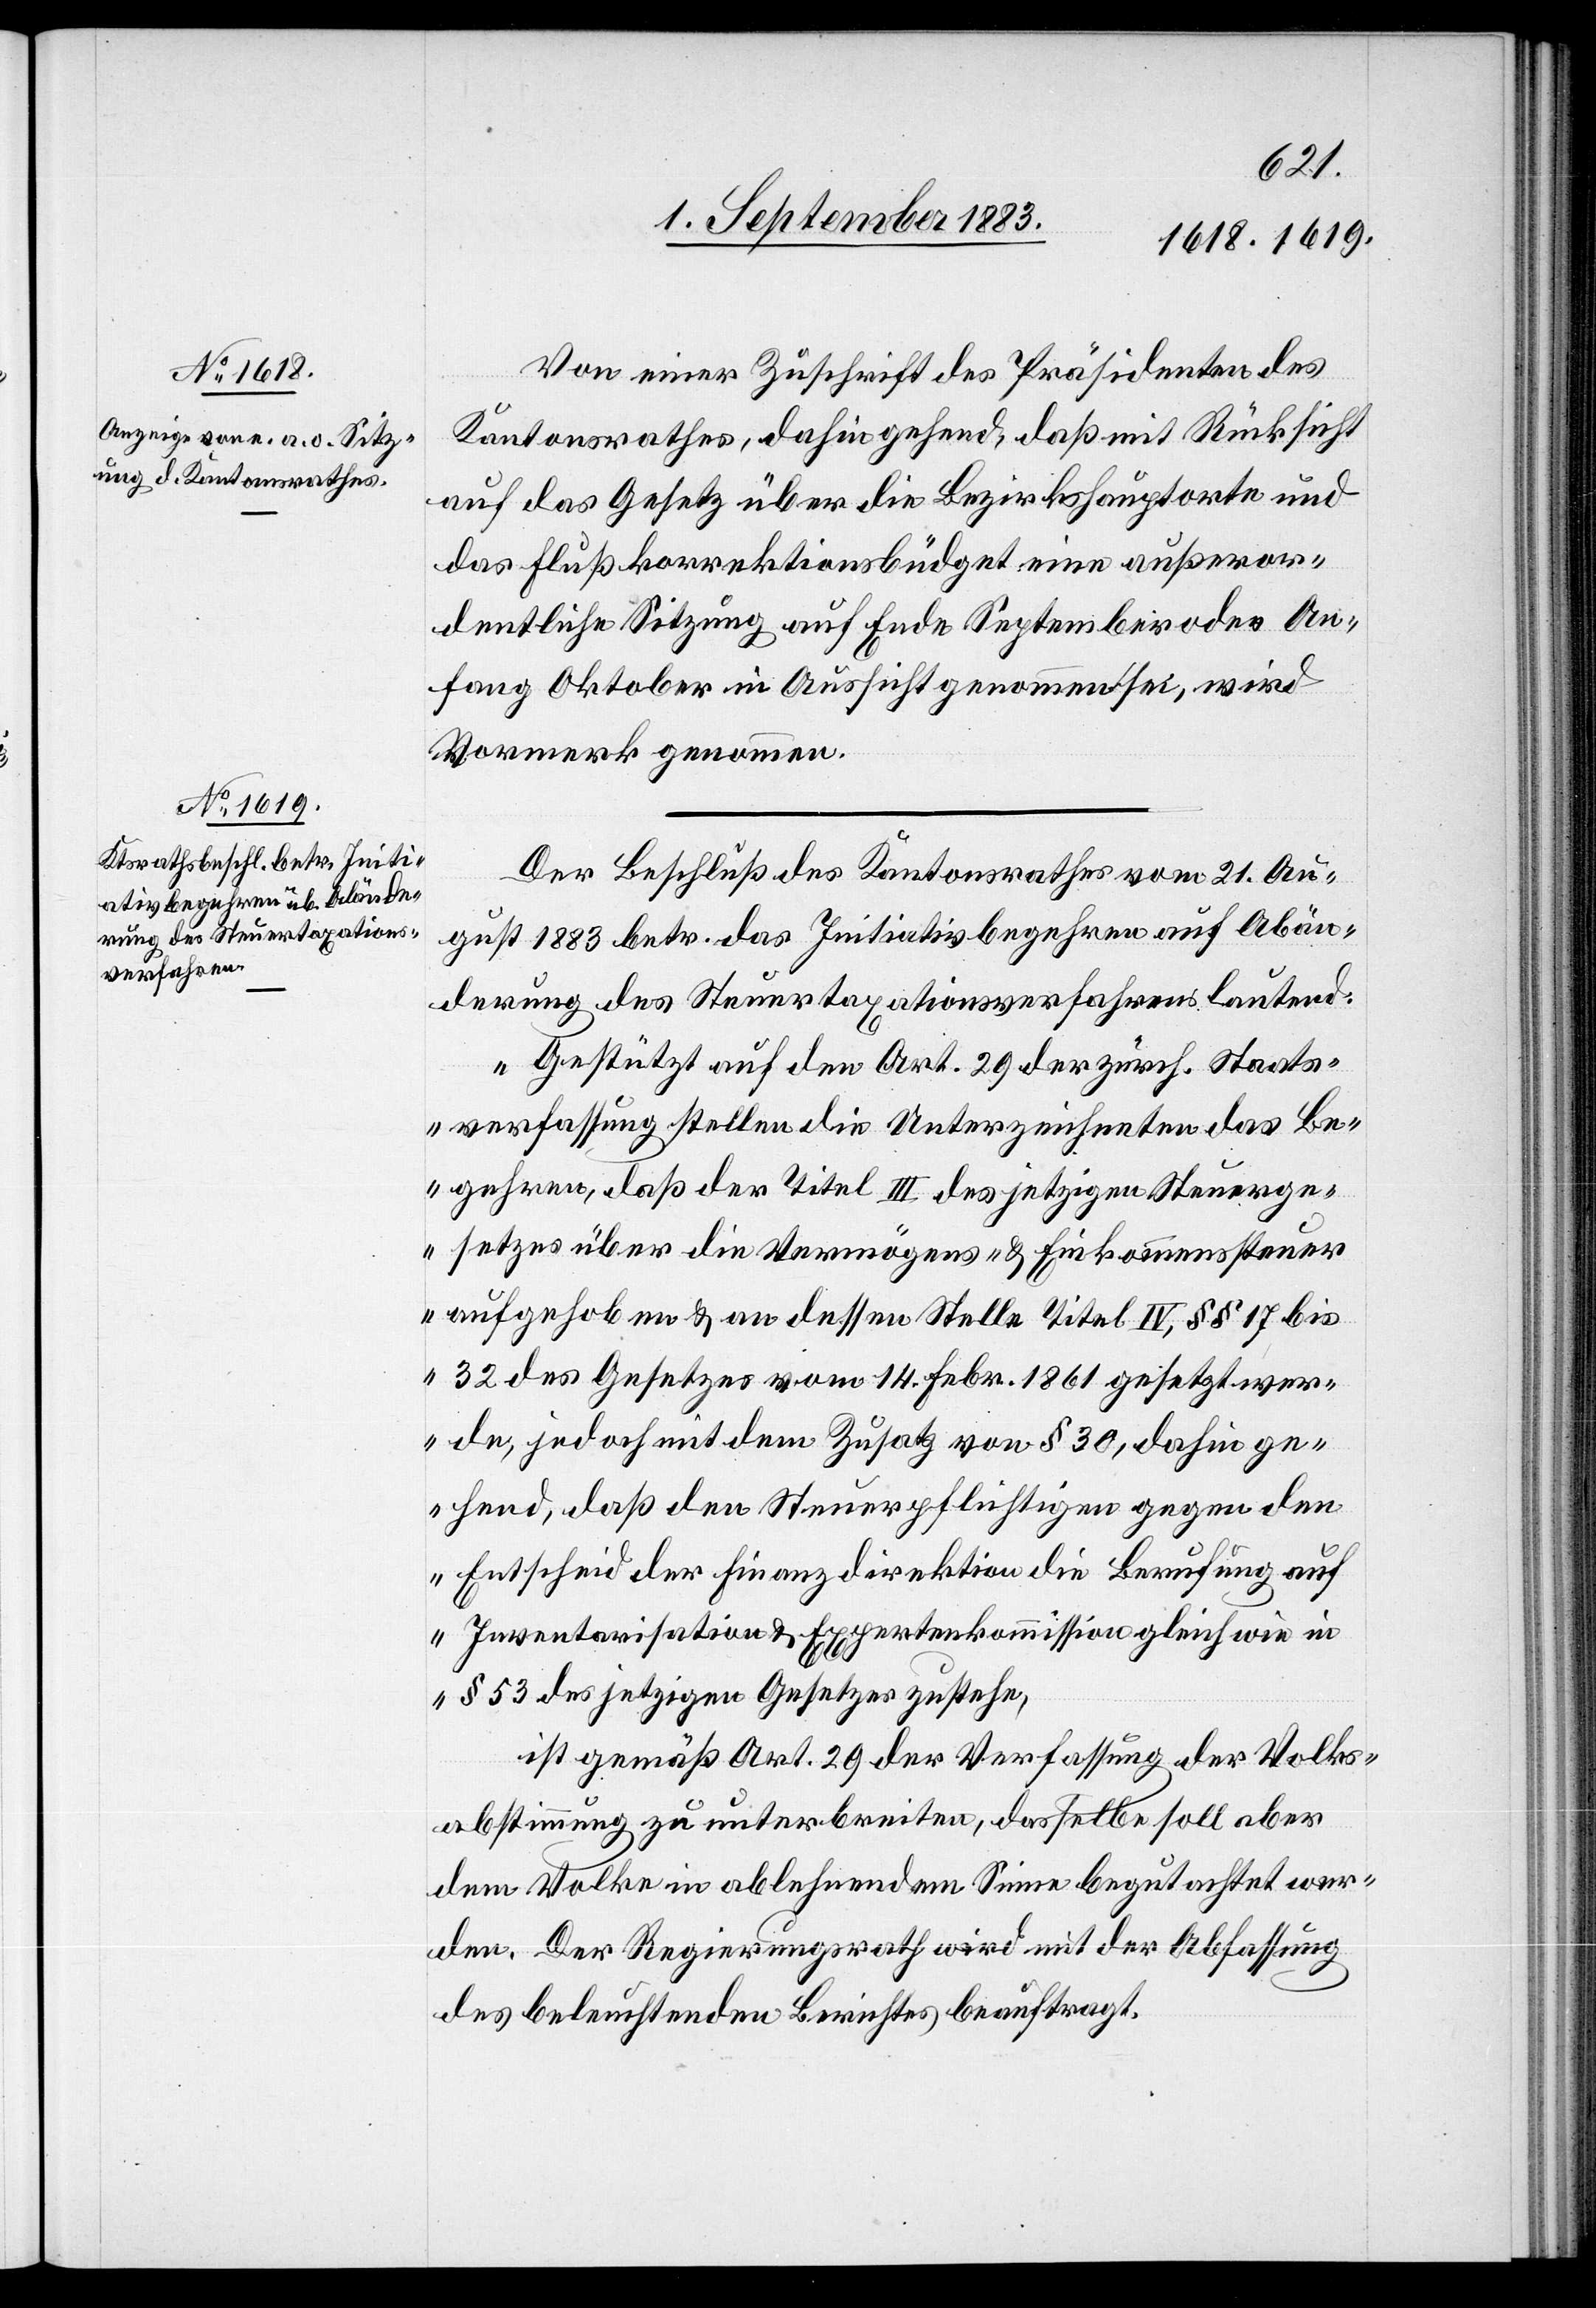
Von einer Zuschrift des Präsidenten des
Kantonsrathes, dahin gehend, daß mit Rücksicht
auf das Gesetz über die Bezirkshauptorte und
das Flußkorrektionsbüdget eine außeror¬
dentliche Sitzung auf Ende September oder An¬
fang Oktober in Aussicht genommen sei, wird
Vormerk genommen.
Der Beschluß des Kantonsrathes, vom 21. Au¬
gust 1883 betr. das Initiativbegehren auf Abän¬
derung des Steuertaxationsverfahrens lautend:
„Gestützt auf den Art. 20 der zürch. Staats¬
verfassung stellen die Unterzeichneten das Be¬
gehren, daß der Titel III des jetzigen Steuerge¬
setzes über die Vermögens- & Einkommenssteuer
aufgehoben & an dessen Stelle Titel IV, §§ 17 bis
32 des Gesetzes vom 14. Febr. 1861 gesetzt wer¬
de, jedoch mit dem Zusatz von § 30, dahin ge¬
hend, daß den Steuerpflichtigen gegen den
Entscheid der Finanzdirektion die Berufung auf
Inventarisation & Expertenkommission gleich wie in
§ 53 des jetzigen Gesetzes zustehe,
ist gemäß Art. 29 der Verfassung der Volks¬
abstimmung zu unterbreiten, dasselbe soll aber
dem Volke in ablehnendem Sinne begutachtet wer¬
den. Der Regierungsrath wird mit der Abfassung
des beleuchtenden Berichtes beauftragt.